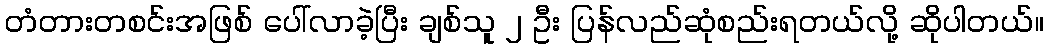
တံတားတစင်းအဖြစ် ပေါ်လာခဲ့ပြီး ချစ်သူ ၂ ဦး ပြန်လည်ဆုံစည်းရတယ်လို့ ဆိုပါတယ်။